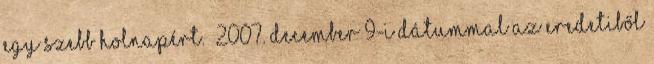
egy szebb holnapért. 2007. december 9-i dátummal az eredetiből